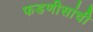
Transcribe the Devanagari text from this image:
फडणीसांची